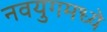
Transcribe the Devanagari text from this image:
नवयुगमध्ये